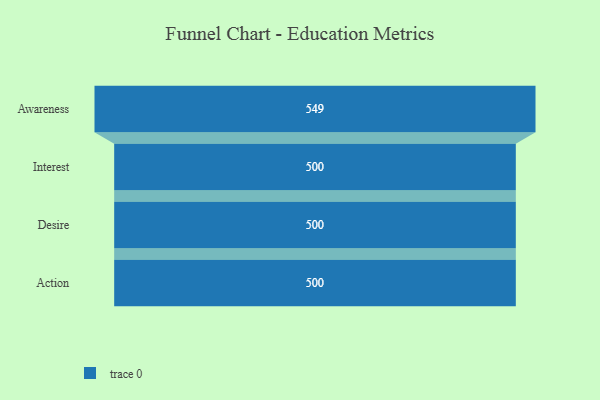
{"axis": {"x": "Stage", "y": "Value"}, "legend": [""], "data": [{"x": "Awareness", "y": 549.0, "type": ""}, {"x": "Interest", "y": 500, "type": ""}, {"x": "Desire", "y": 500, "type": ""}, {"x": "Action", "y": 500, "type": ""}]}